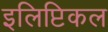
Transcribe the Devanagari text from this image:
इलिप्टिकल